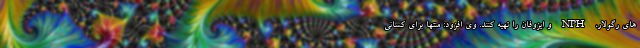
های رگولار، NPH و ایزوفان را تهیه کنند. وی افزود: منتها برای کسانی